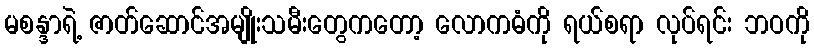
မစန္ဒာရဲ့ ဇာတ်ဆောင်အမျိုးသမီးတွေကတော့ လောကဓံကို ရယ်စရာ လုပ်ရင်း ဘဝကို